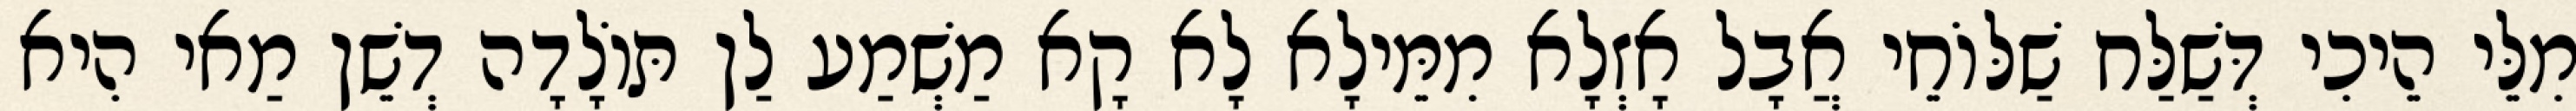
מִלֵּי הֵיכִי דְּשַׁלַּח שַׁלּוֹחֵי אֲבָל אָזְלָא מִמֵּילָא לָא קָא מַשְׁמַע לַן תּוֹלָדָה דְשֵׁן מַאי הִיא